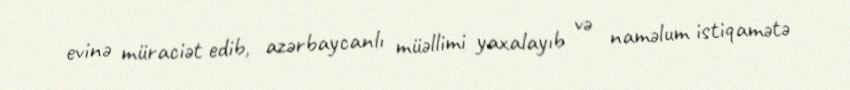
evinə müraciət edib, azərbaycanlı müəllimi yaxalayıb və naməlum istiqamətə